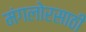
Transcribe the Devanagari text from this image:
मंगलोरसाठी